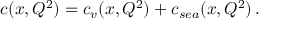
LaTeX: c ( x , Q ^ { 2 } ) = c _ { v } ( x , Q ^ { 2 } ) + c _ { s e a } ( x , Q ^ { 2 } ) \, .